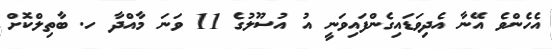
އެހެންވެ އޭނާ އެދިވަޑައިގެންފައިވަނީ އު އުސޫލުގެ 11 ވަނަ މާއްދާ ހ. ބާތިލްކޮށް